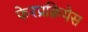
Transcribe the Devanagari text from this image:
फेरप्रक्रियेस